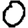
Digit: 0